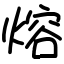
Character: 熔